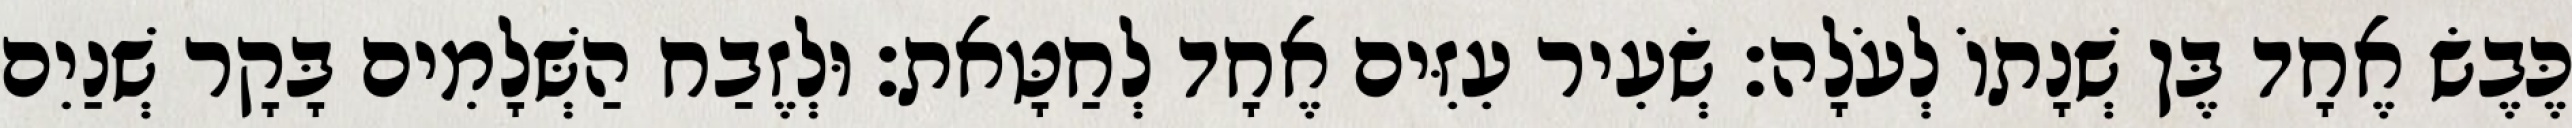
כֶּבֶשׂ אֶחָד בֶּן שְׁנָתוֹ לְעֹלָה׃ שְׂעִיר עִזִּים אֶחָד לְחַטָּאת׃ וּלְזֶבַח הַשְּׁלָמִים בָּקָר שְׁנַיִם